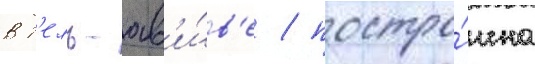
в т'ель-ав'и́в'е / постро́ена